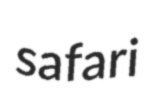
safari